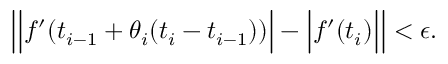
\left| { \Big | } f ^ { \prime } ( t _ { i - 1 } + \theta _ { i } ( t _ { i } - t _ { i - 1 } ) ) { \Big | } - { \Big | } f ^ { \prime } ( t _ { i } ) { \Big | } \right| < \epsilon .